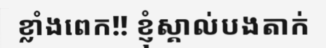
ខ្លាំងពេក!! ខ្ញុំស្គាល់បងតាក់